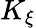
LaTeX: K_{\xi}